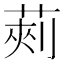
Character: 𮏯